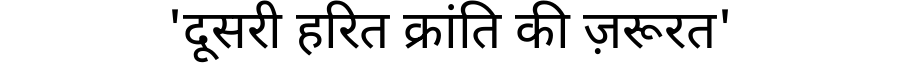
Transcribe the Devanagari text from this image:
'दूसरी हरित क्रांति की ज़रूरत'